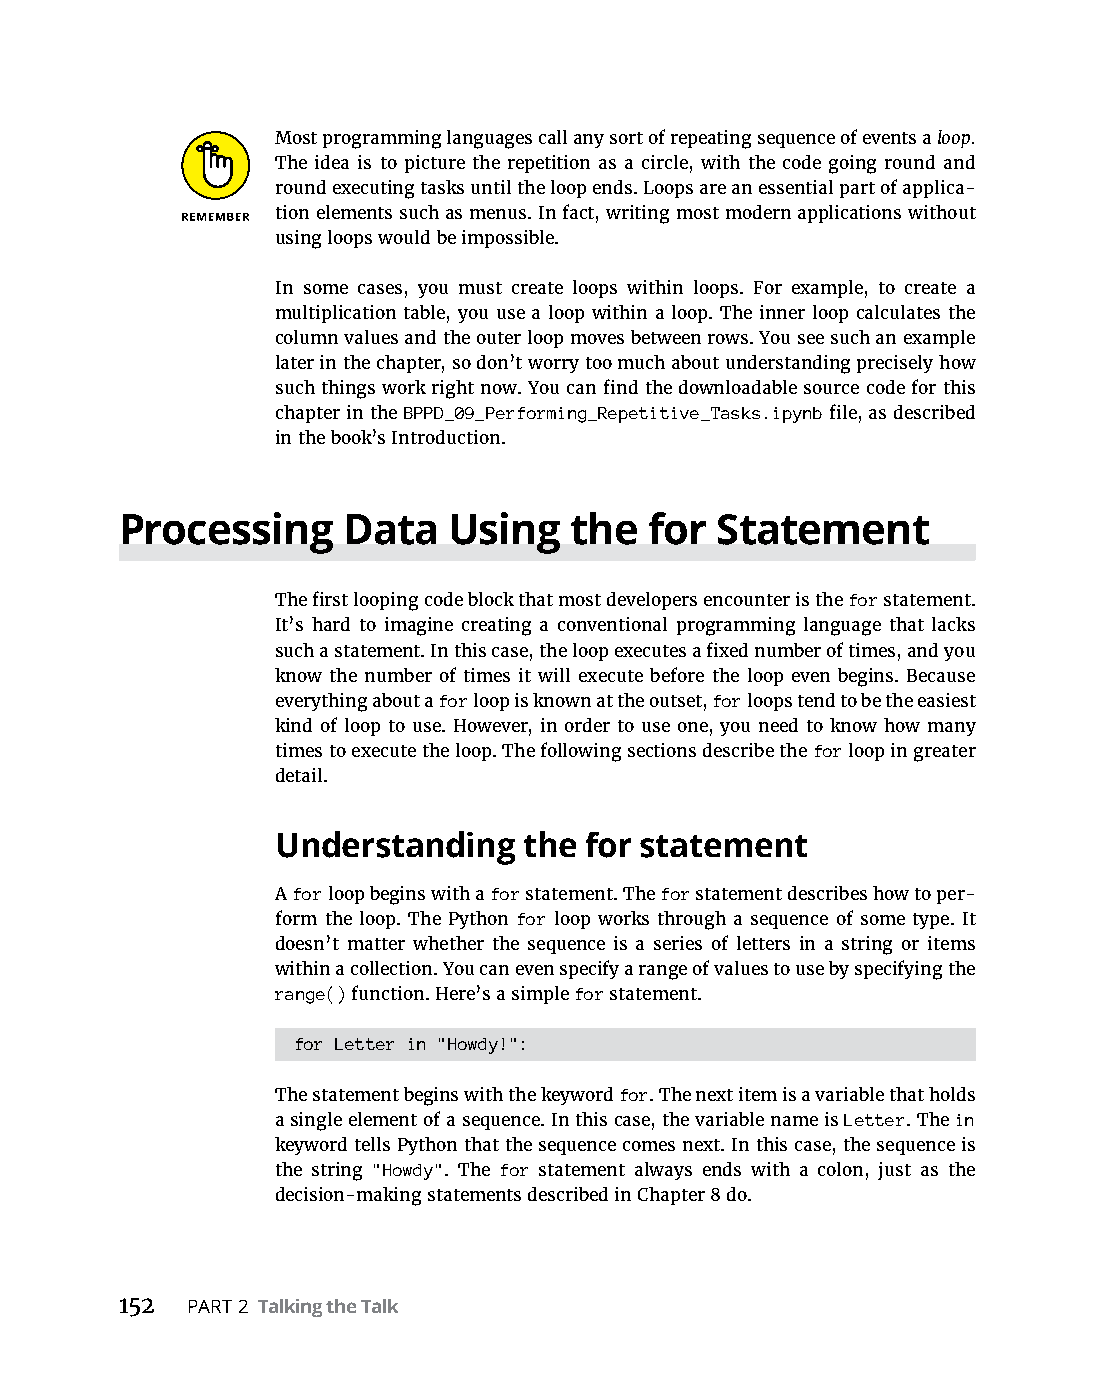
Most programming languages call any sort of repeating sequence of events a loop.
 The idea is to picture the repetition as a circle, with the code going round and
 round executing tasks until the loop ends. Loops are an essential part of applica-
 tion elements such as menus. In fact, writing most modern applications without
 using loops would be impossible.
 In some cases, you must create loops within loops. For example, to create a
 multiplication table, you use a loop within a loop. The inner loop calculates the
 column values and the outer loop moves between rows. You see such an example
 later in the chapter, so don’t worry too much about understanding precisely how
 such things work right now. You can find the downloadable source code for this
 chapter in the BPPD_09_Performing_Repetitive_Tasks.ipynb file, as described
 in the book’s Introduction.
 Processing     Data   Using   the  for Statement
 The first looping code block that most developers encounter is the for statement.
 It’s hard to imagine creating a conventional programming language that lacks
 such a statement. In this case, the loop executes a fixed number of times, and you
 know the number of times it will execute before the loop even begins. Because
 everything about a for loop is known at the outset, for loops tend to be the easiest
 kind of loop to use. However, in order to use one, you need to know how many
 times to execute the loop. The following sections describe the for loop in greater
 detail.
 Understanding    the for statement
 A for loop begins with a for statement. The for statement describes how to per-
 form the loop. The Python for loop works through a sequence of some type. It
 doesn’t matter whether the sequence is a series of letters in a string or items
 within a collection. You can even specify a range of values to use by specifying the
 range() function. Here’s a simple for statement.
 for Letter in "Howdy!":
 The statement begins with the keyword for. The next item is a variable that holds
 a single element of a sequence. In this case, the variable name is Letter. The in
 keyword tells Python that the sequence comes next. In this case, the sequence is
 the string "Howdy". The for statement always ends with a colon, just as the
 decision-making statements described in Chapter 8 do.
 152 PART 2 Talking the Talk